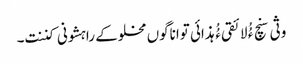
وثی سنچ ءُُ لائقی ءُُ ہذائی تواناگوں مخلوکے راہشونی کننت۔